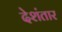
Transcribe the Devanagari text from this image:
देशंतार